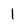
Character: l